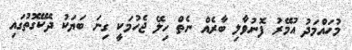
މުހައްމަދު އުމޭރު ފޮނުވާލި ބާރެއް ނެތް ހިލޭ ޖެހުމަކީ ގިނަ ބަޔަކު ދެކޭގޮތުގައި